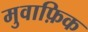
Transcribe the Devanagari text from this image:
मुवाफ़िक